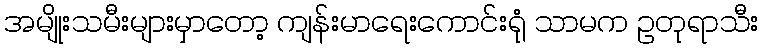
အမျိုးသမီးများမှာတော့ ကျန်းမာရေးကောင်းရုံ သာမက ဥတုရာသီး